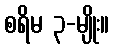
စရိမ ၃-မျိုး။